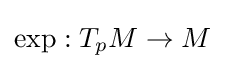
\mathrm {exp} :T_{p}M\to M